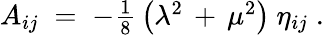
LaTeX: A_{ij}\; =\; -\textstyle{\frac{1}{8}}\left(\lambda^{2}\, +\, \mu^{2}\right)\ \eta_{ij}\; .